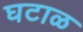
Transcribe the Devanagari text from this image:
घटाळ